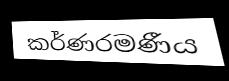
කර්ණරමණීය